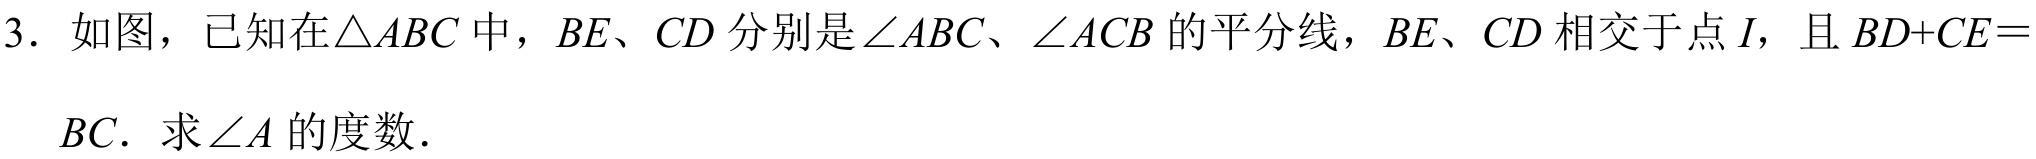
3. 如图，已知在$\triangle ABC$中，$BE、CD$分别是$\angle ABC、\angle ACB$的平分线，$BE、CD$相交于点$I$，且$BD + CE=$
$BC$．求$\angle A$的度数．